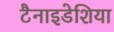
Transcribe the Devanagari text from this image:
टैनाइडेशिया